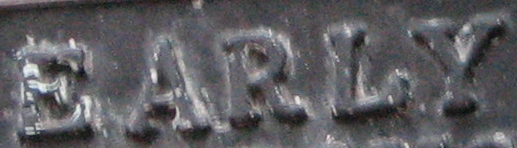
EARLY